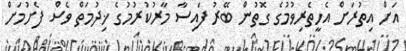
އަށް އިތުރަށް އެހީތެރިވުމުގެ ގޮތުން ބޭރު ފައިސާ މާރުކުރުމުގެ ޚިދުމަތް ވެސް ފެށުމަށް